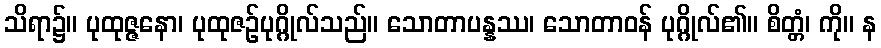
သိရာ၌။ ပုထုဇ္ဇနော၊ ပုထုဇဉ်ပုဂ္ဂိုလ်သည်။ သောတာပန္နဿ၊ သောတာဝန် ပုဂ္ဂိုလ်၏။ စိတ္တံ၊ ကို။ န